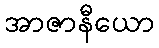
အာဇာနီယော